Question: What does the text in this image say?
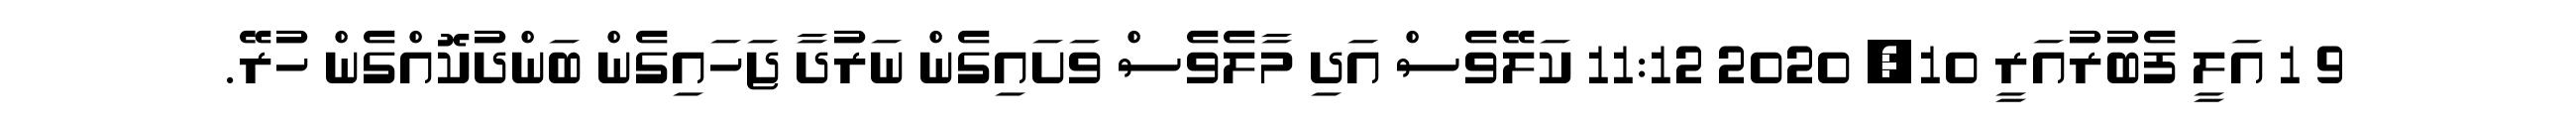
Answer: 9 1 އަލީ ފެބުރުއަރީ 10, 2020 11:12 ކަލޭވެސް އަދި މާލެވެސް ވަށައިގެން ނަރުދާ ޖަހައިގެން ބަންދުކޮއްގެން ހުރޭ.